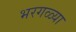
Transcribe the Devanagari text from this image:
भरगळ्या